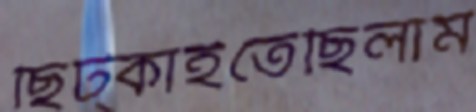
ছিট্‌কাইতেছিলাম